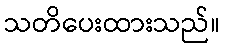
သတိပေးထားသည်။